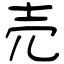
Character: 売